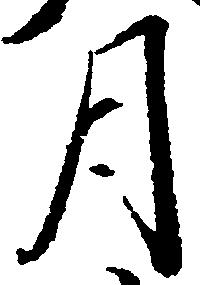
月